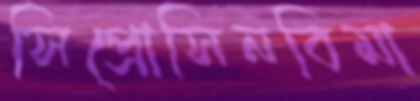
সিপ্রোসিনবিমা